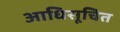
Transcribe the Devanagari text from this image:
आधिसूचित